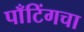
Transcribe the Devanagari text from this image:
पाँटिंगचा